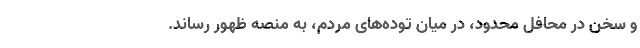
و سخن در محافل محدود، در میان توده‌های مردم، به منصه ظهور رساند.